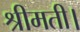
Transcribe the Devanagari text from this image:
श्रीमती।